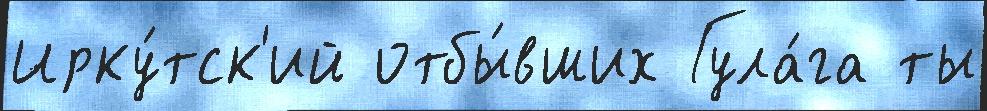
Ирку́тск'ий отбы́вших Гула́га ты